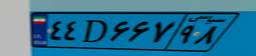
۴۴D۶۶۷۹۸